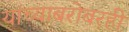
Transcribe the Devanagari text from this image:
यांच्याबरोबरही